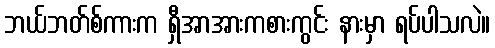
ဘယ်ဘတ်စ်ကားက ရှီအာအားကစားကွင်း နားမှာ ရပ်ပါသလဲ။